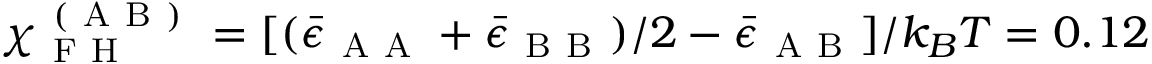
\chi _ { \mathrm { ~ F ~ H ~ } } ^ { \mathrm { ~ ( ~ A ~ B ~ ) ~ } } = [ ( \bar { \epsilon } _ { \mathrm { ~ A ~ A ~ } } + \bar { \epsilon } _ { \mathrm { ~ B ~ B ~ } } ) / 2 - \bar { \epsilon } _ { \mathrm { ~ A ~ B ~ } } ] / k _ { B } T = 0 . 1 2